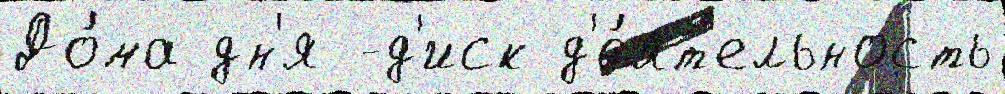
До́ма дн'я -д'иск д'е́ят'ельность